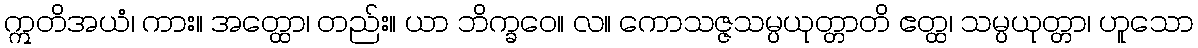
ဣတိအယံ၊ ကား။ အတ္ထော၊ တည်း။ ယာ ဘိက္ခဝေ။ လ။ ကောသဇ္ဇသမ္ပယုတ္တာတိ ဧတ္ထ၊ သမ္ပယုတ္တာ၊ ဟူသော